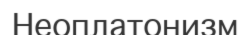
Неоплатонизм